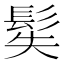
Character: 𩬭